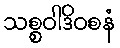
သစ္စဝါဒိဝစနံ